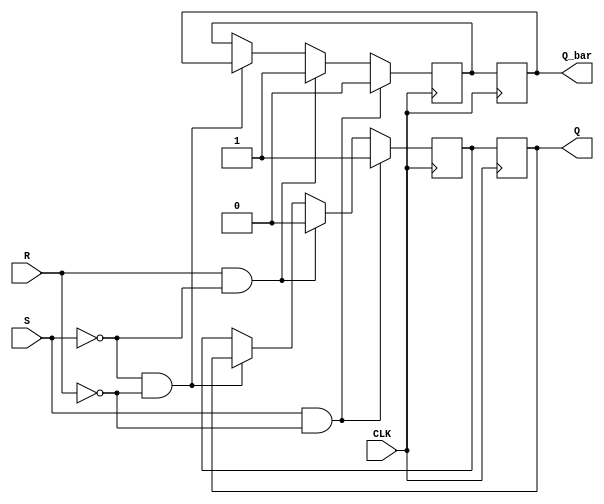
module basic_sr_flip_flop(
    input S, 
    input R,
    input CLK,
    output reg Q, 
    output reg Q_bar
);

reg Q_next, Q_bar_next;

always @(posedge CLK) begin
    if (S & ~R) begin
        Q_next = 1;
        Q_bar_next = 0;
    end else if (R & ~S) begin
        Q_next = 0;
        Q_bar_next = 1;
    end else if (~S & ~R) begin
        Q_next = Q;
        Q_bar_next = Q_bar;
    end
end

always @(posedge CLK) begin
    Q <= Q_next;
    Q_bar <= Q_bar_next;
end

endmodule